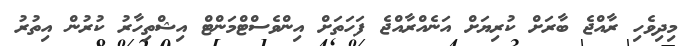
މިދިވެހި ރާއްޖެ ބާރަށް ކުރިޔަށް އަނެއްރާއްޖެ ފަހަތަށް އިންވެސްޓްމަންޓް އިޝްތިހާރު ކުރުން އިތުރު